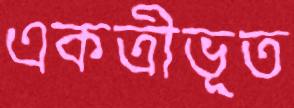
একত্রীভূত